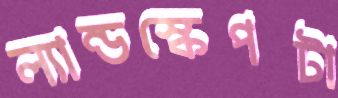
ল্যান্ডস্কেপটা